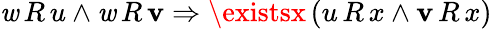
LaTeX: \mathit{w}\, R\, u\land\mathit{w}\, R\, \mathbf{v}\Rightarrow\existsx\, (u\, R\, x\land\mathbf{v}\, R\, x)